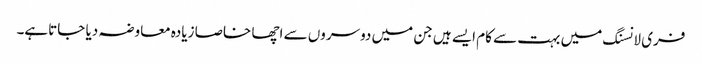
فری لانسنگ میں بہت سے کام ایسے ہیں جن میں دوسروں سے اچھا خاصا زیادہ معاوضہ دیا جاتاہے۔